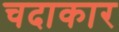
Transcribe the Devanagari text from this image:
चदाकार